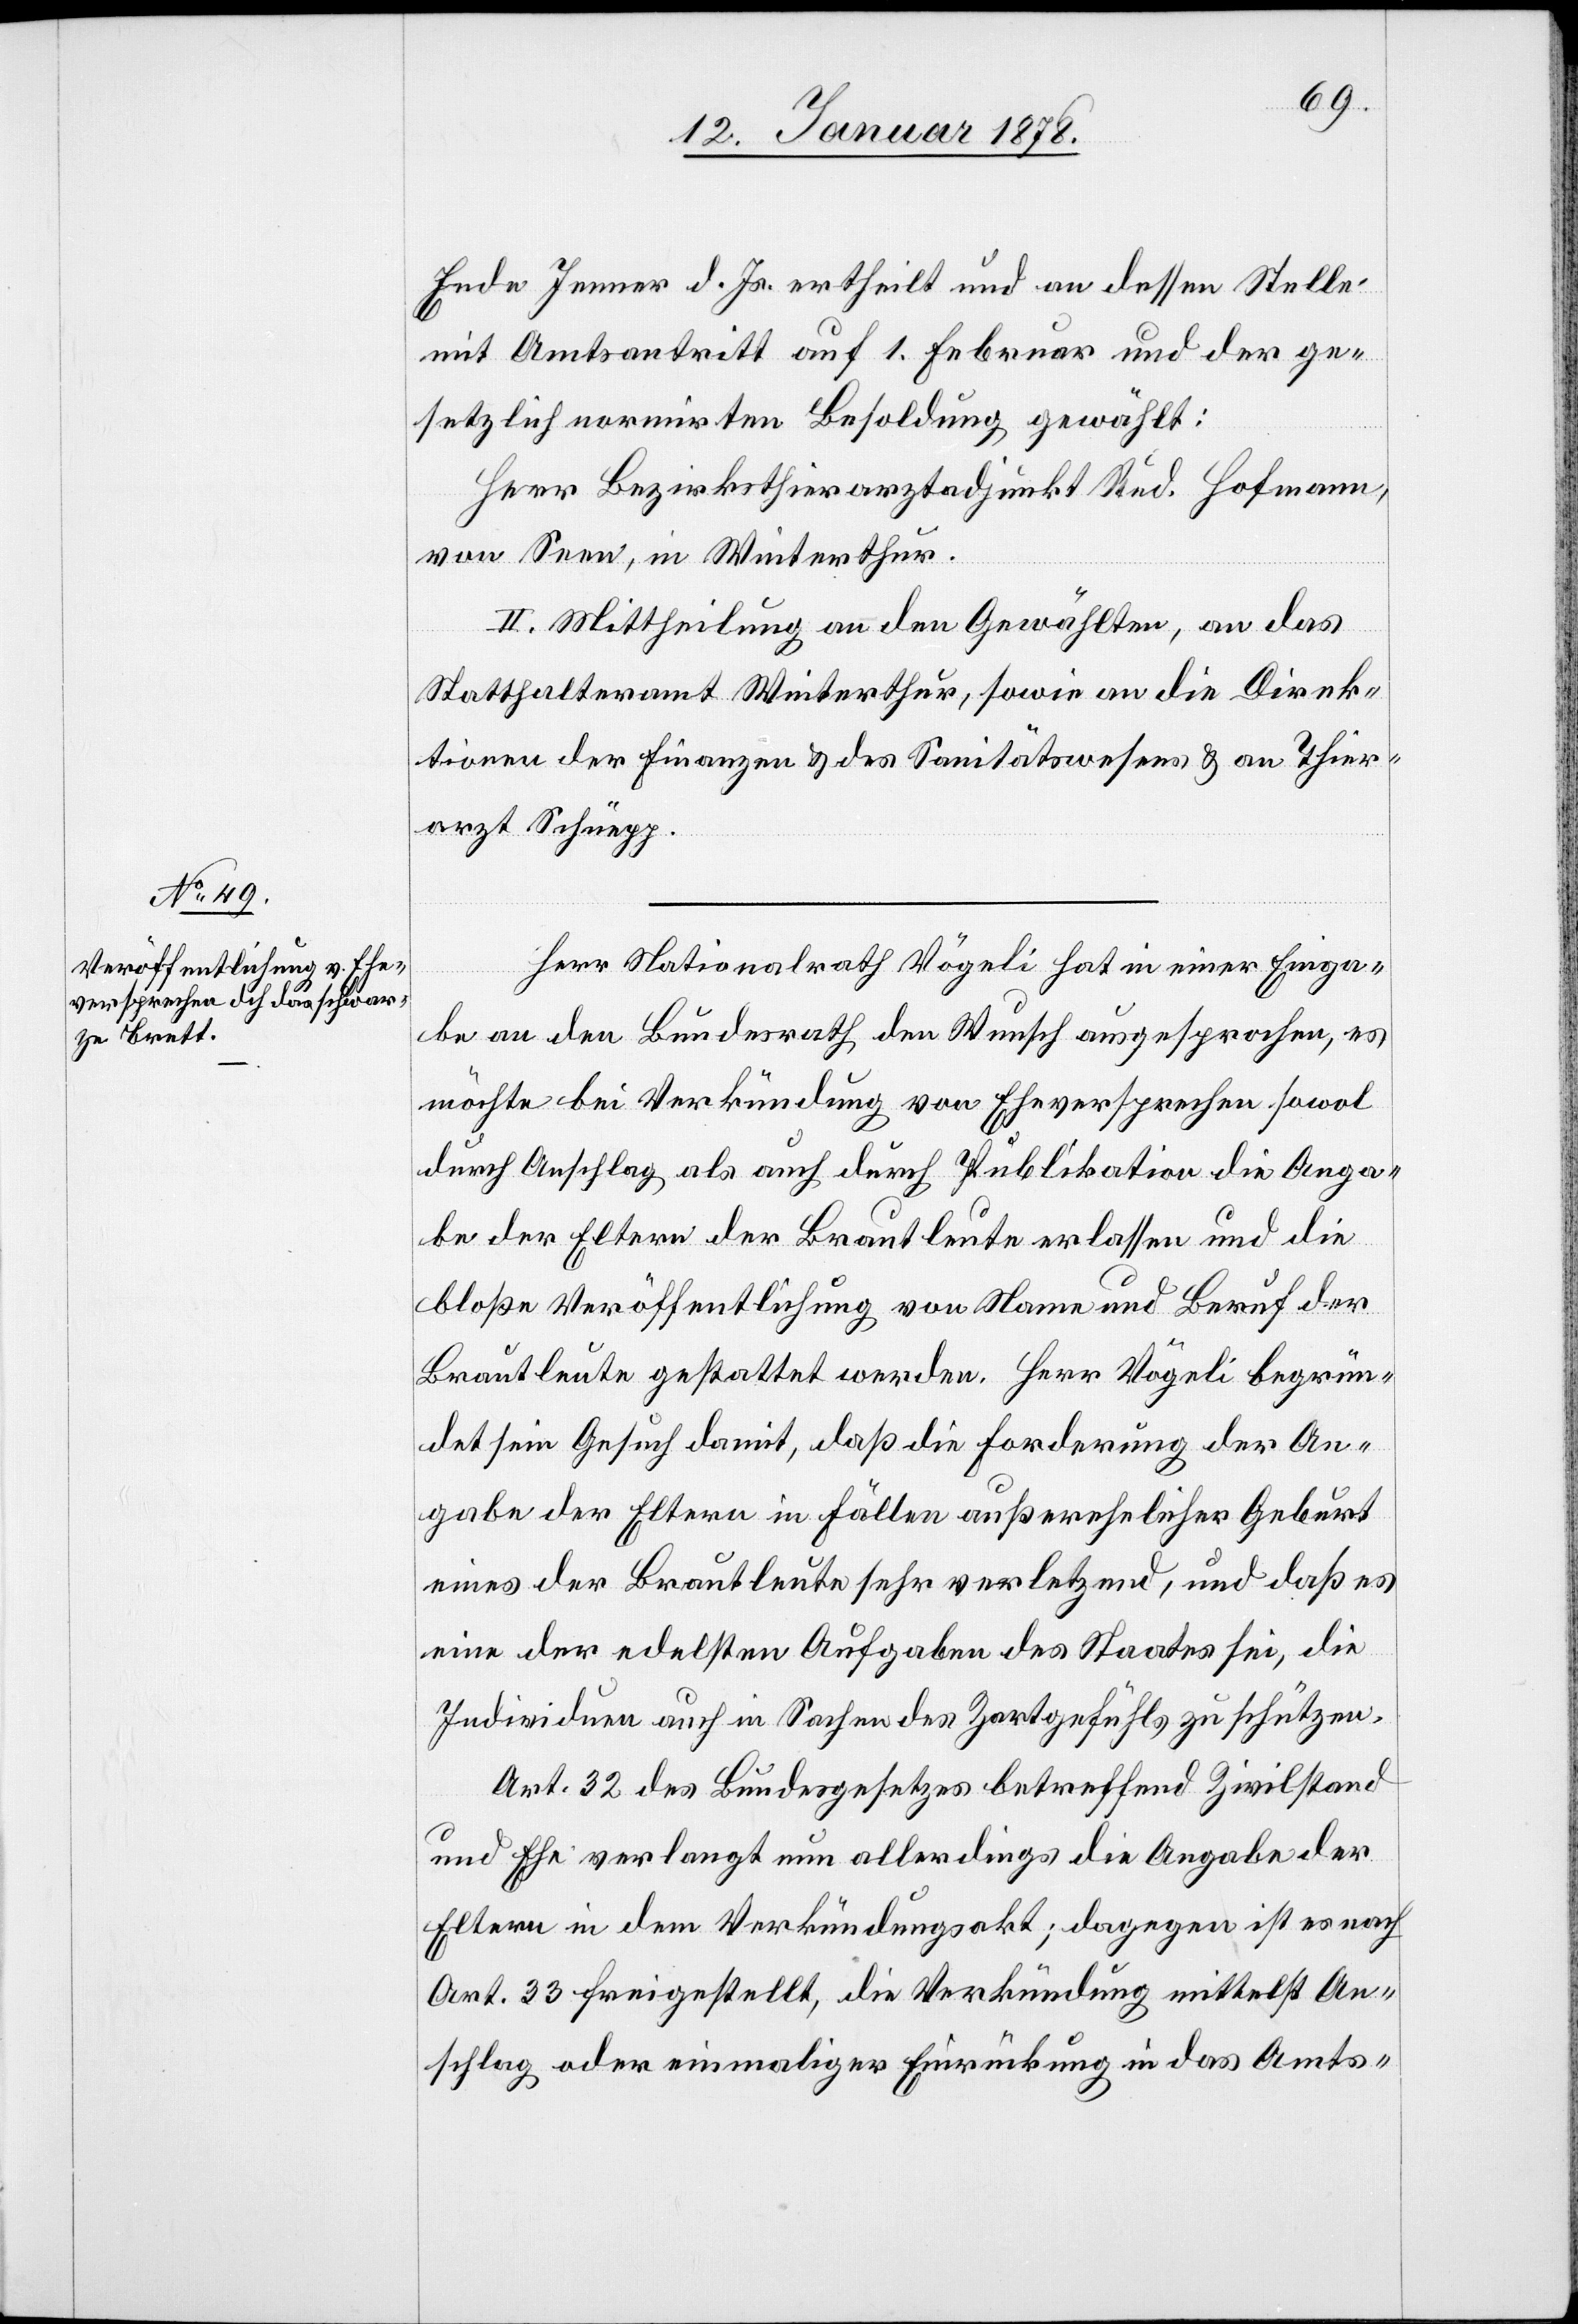
Ende Jenner d. Js. ertheilt und an dessen Stelle
mit Amtsantritt auf 1. Februar und der ge¬
setzlich normirten Besoldung gewählt:
Herr Bezirksthierarztadjunkt Rud. Hofmann,
von Seen, in Winterthur.
II. Mittheilung an den Gewählten, an das
Statthalteramt Winterthur, sowie an die Direk¬
tionen der Finanzen & des Sanitätswesens & an Thier¬
arzt Schüepp.
Herr Nationalrath Vögeli hat in einer Einga¬
be an den Bundesrath den Wunsch ausgesprochen, es
möchte bei der Verkündung von Eheversprechen sowol
durch Anschlag als auch durch Publikation die Anga¬
be der Eltern der Brautleute erlassen und die
bloße Veröffentlichung von Name und Beruf der
Brautleute gestattet werden. Herr Vögeli begrün¬
det sein Gesuch damit, daß die Forderung der An¬
gabe der Eltern in Fällen außerehelicher Geburt
eines der Brautleute sehr verletzend, und daß es
eine der edelsten Aufgaben des Staates sei, die
Individuen auch in Sachen des Zartgefühls zu schützen.
Art. 32 des Bundesgesetzes betreffend Zivilstand
und Ehe verlangt nun allerdings die Angabe der
Eltern in dem Verkündungsakt, dagegen ist es nach
Art. 33 freigestellt, die Verkündung mittelst An¬
schlag oder einmaliger Einrückung in das Amts-